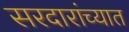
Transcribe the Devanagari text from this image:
सरदारांच्यात